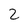
Character: 2